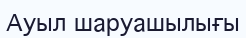
Ауыл шаруашылығы